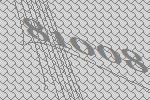
81008